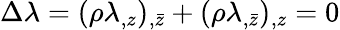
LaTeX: \Delta\lambda=(\rho\lambda_{,z})_{,\bar{z}}+(\rho\lambda_{,\bar{z}})_{,z}=0